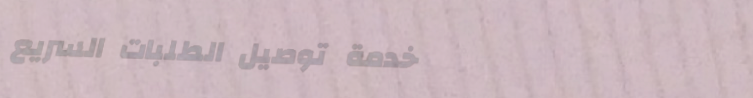
خدمة توصيل الطلبات السريع